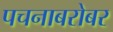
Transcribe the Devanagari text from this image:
पचनाबरोबर